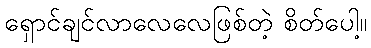
ရှောင်ချင်လာလေလေဖြစ်တဲ့ စိတ်ပေါ့။